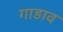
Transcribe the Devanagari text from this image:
गाडाव